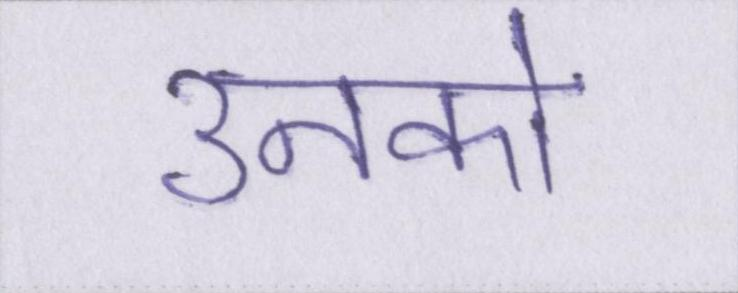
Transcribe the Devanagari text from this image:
उनको